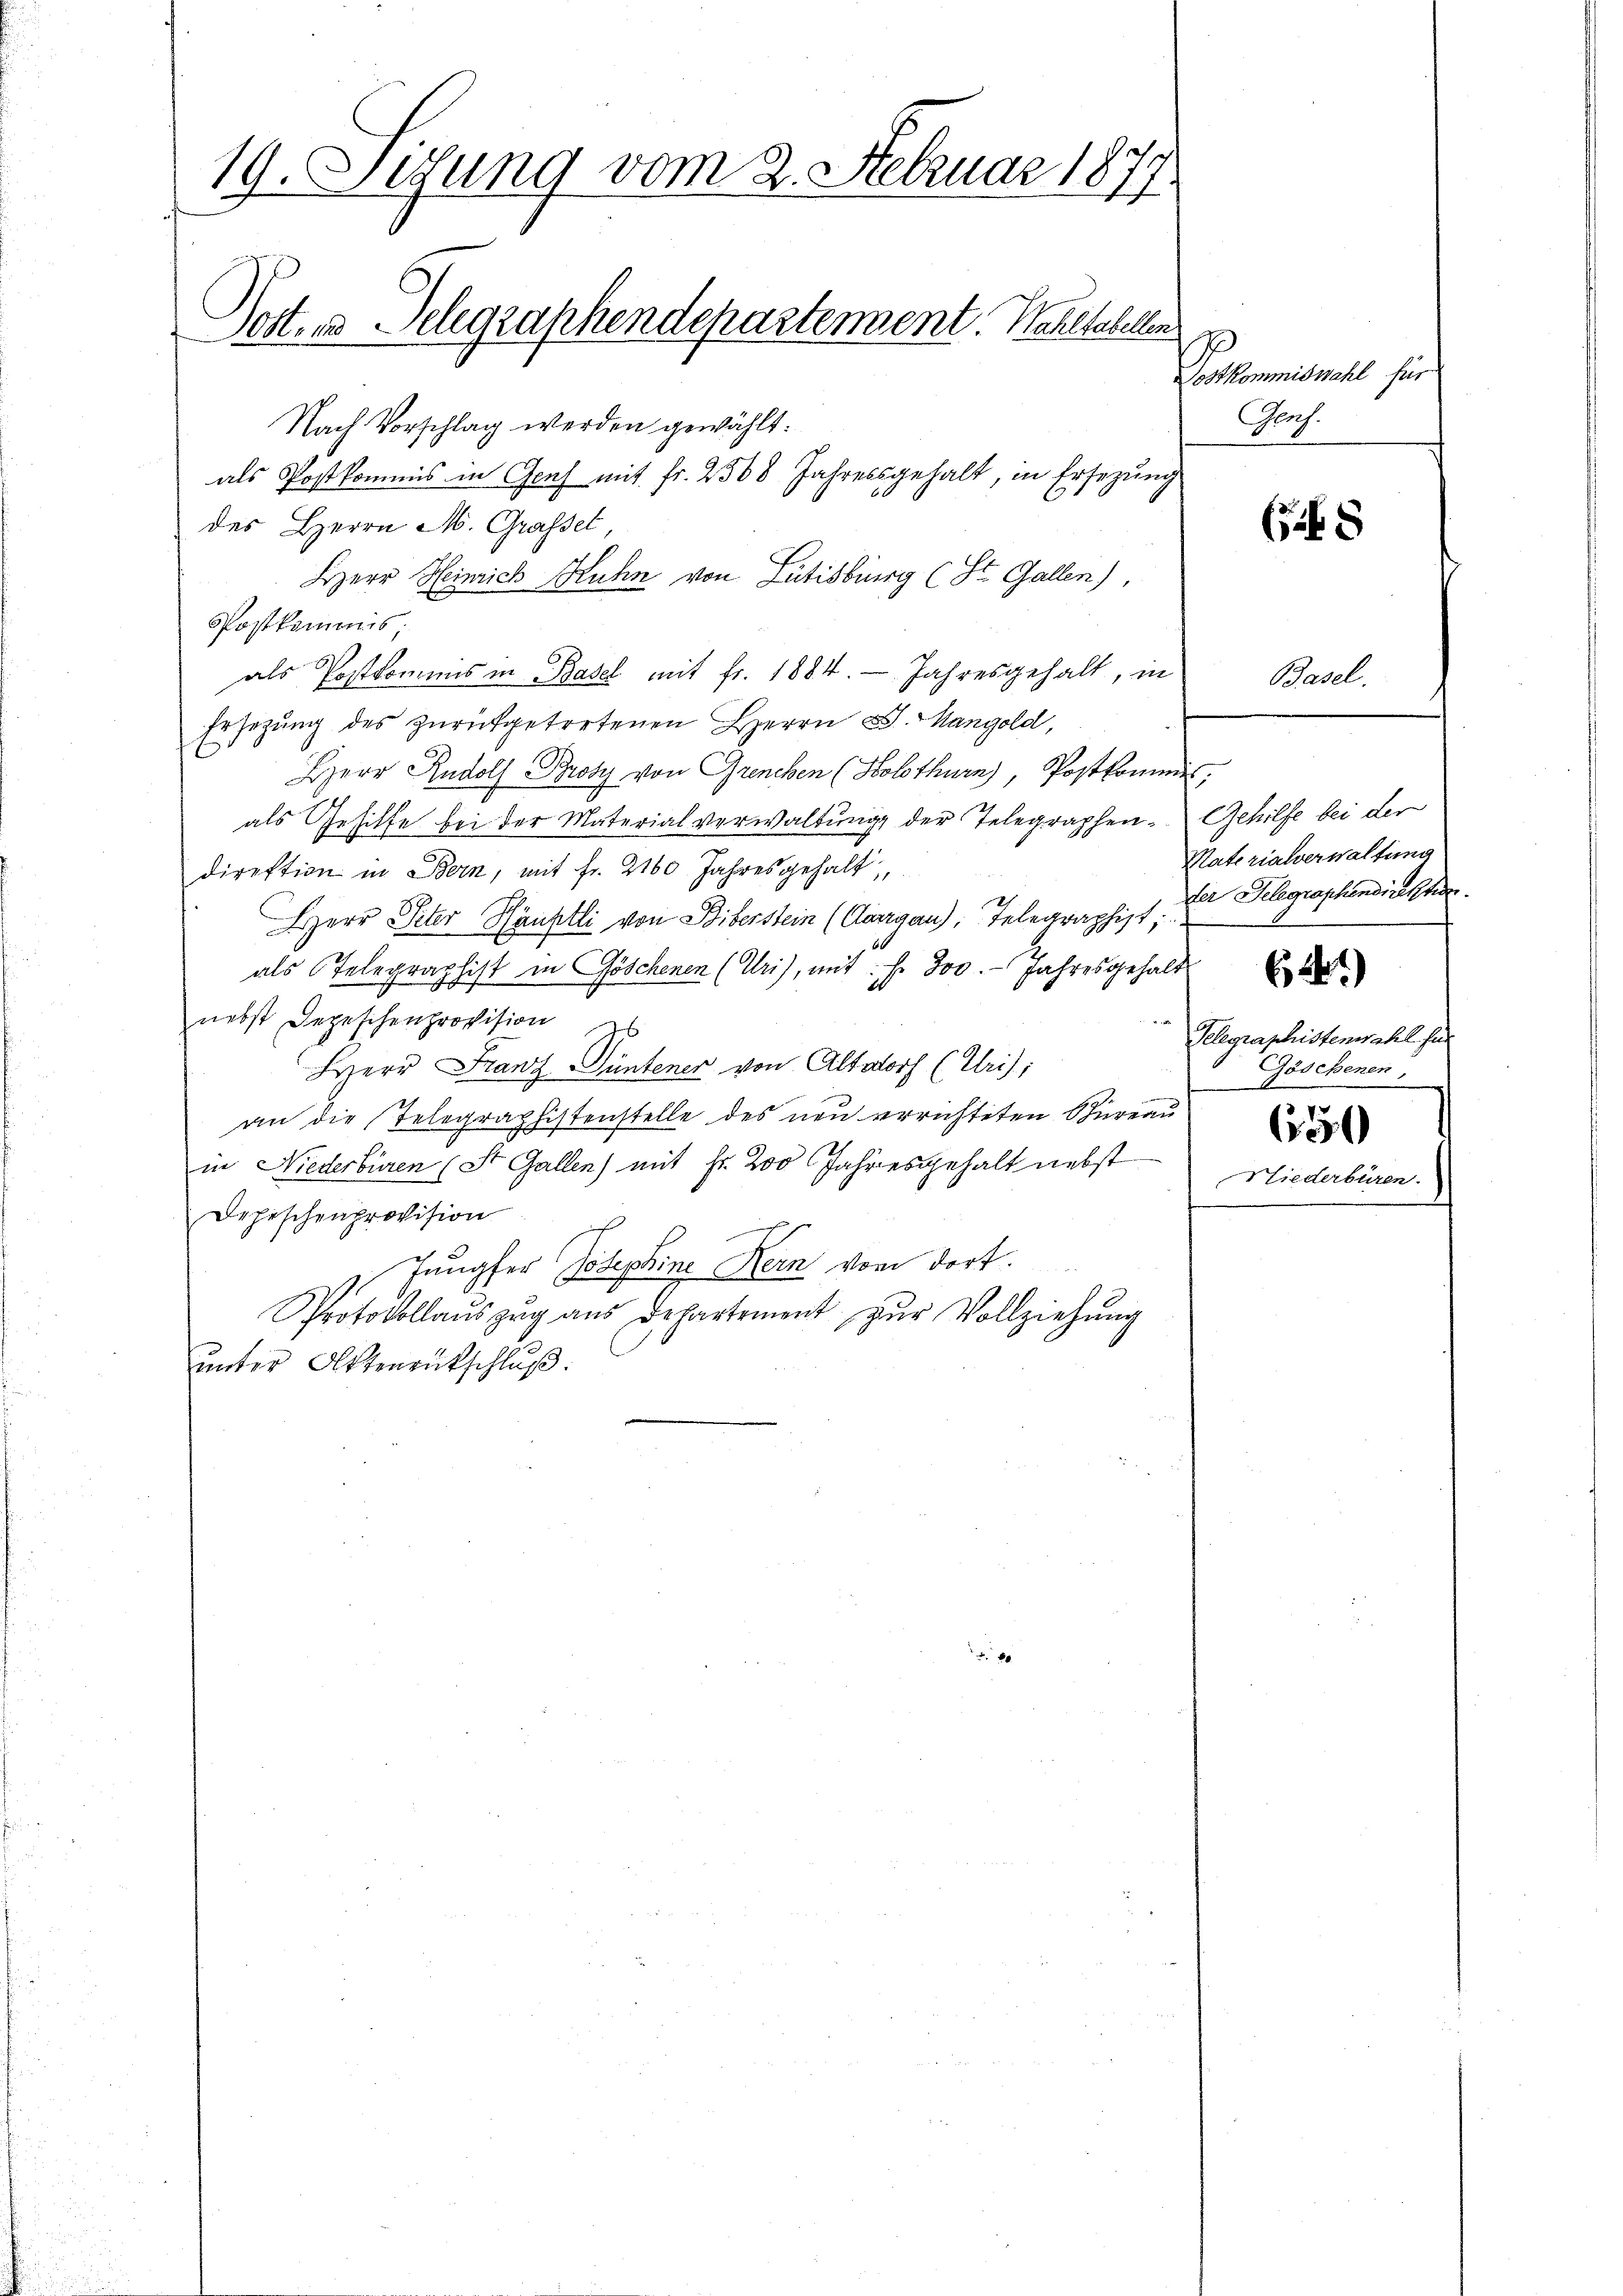
19. Setzung vom 2. Februar 1877.
Posters Telegraphendepartement. Wohltobellen

Nach Vorschlag werden gewählt:
als Postkommis in Genf mit Fr. 2568 Jahressgehalt, in Ersezung
des Herrn M. Grafset
Herr Heinrich Kuhn von Lütisburg (St. Gallen),
Postkommis;
als Postkommnis in Basel mit fr. 1884.  Jahresgehalt, in
Ersezung des zurückgetretenen Herrn G. Mangold,
HHerr Rudolf Broty von Grenchen (Holothurn), Postkommis
als Gehilfe bei der Materialverwaltung der Telegraphen- Gehilfe bei der
direktion in Bern, mit Fr. 2160 Jahresgehalt,
Herr Peter Häuptli von Biberstein (Aargau, Telegraphist;
als Telegraphist in Göschenen (Uri), mit. f. 300. Jahresgehalt
nebst Depeschenprovision es
Herr Franz Güntener von Altadorf (Uri);
an die Telegraphistenstelle des neu errichteten Bureau
in Niederbüren (St. Gallen) mit Fr. 200 Jahresgehalt nebst
Depeschenprovision
Jungfer Josephine Kern vom dort.
Protokollaŭszŭg aŭs departement zŭr Vollziehŭng
unter Ottenentschluß

Dostkommiswahl für
Glach.

5

Basel.

Naterialverwaltung
fer Gelegraphendirektion.
Telegraphistenwahl für
Göschenen
(1550
Niederbüren.